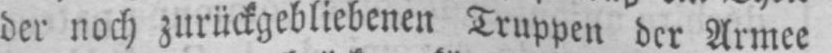
der noch zurückgebliebenen Truppen der Armee